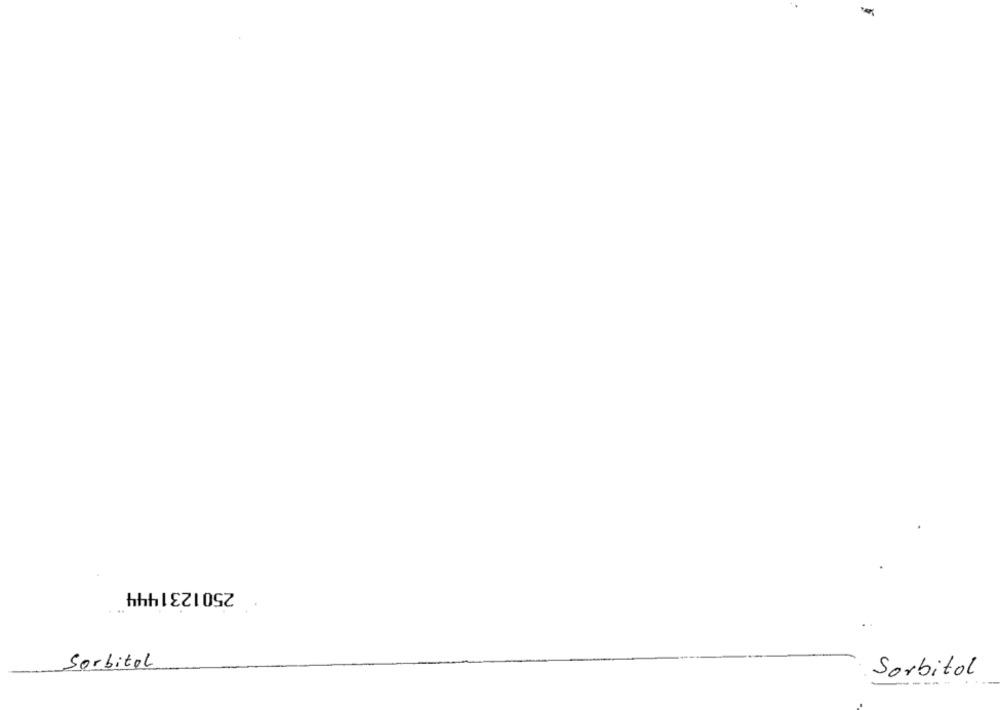
2501231444
Sorbitol
Sorbitol